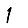
Digit: 1